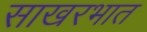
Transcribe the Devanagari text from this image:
साखरभात